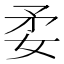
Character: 𡛺